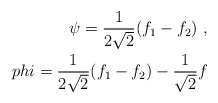
\begin{align*}\psi = \frac{1}{2 \sqrt{2}} (f_1 - f_2 ) \ , \\phi = \frac{1}{2 \sqrt{2}} (f_1 - f_2 ) - \frac{1}{\sqrt{2}} f \end{align*}